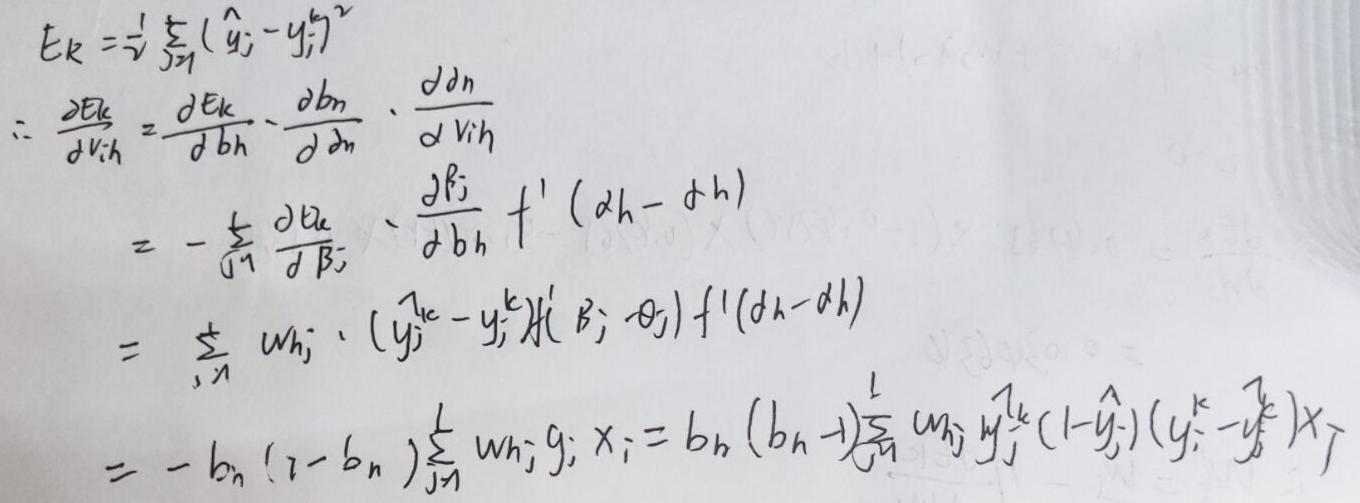
\[
\begin{align*}
E_k&=\frac{1}{2}\sum_{j = 1}^{n}(\hat{y}_j - y_j)^2\\
\frac{\partial E_k}{\partial v_{ih}}&=\frac{\partial E_k}{\partial b_h}\cdot\frac{\partial b_h}{\partial \alpha_h}\cdot\frac{\partial \alpha_h}{\partial v_{ih}}\\
&=-\sum_{j = 1}^{n}\frac{\partial E_k}{\partial \beta_j}\cdot\frac{\partial \beta_j}{\partial b_h}f'(\alpha_h-\theta_h)\\
&=\sum_{j = 1}^{n}w_{hj}\cdot(y_j^k - \hat{y}_j^k)f'(\beta_j-\theta_j)f'(\alpha_h-\theta_h)\\
&=-b_n(1 - b_n)\sum_{j = 1}^{L}w_{hj}g_jx_i=b_h(b_h - 1)\sum_{j = 1}^{L}w_{hj}y_j^k(1-\hat{y}_j^k)(y_i^k-\hat{y}_j^k)x_j
\end{align*}
\]